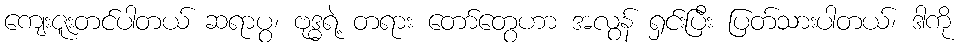
ကျေးဇူးတင်ပါတယ် ဆရာပွ၊ ဗုဒ္ဓရဲ့ တရား တော်တွေဟာ အလွန် ရှင်းပြီး ပြတ်သားပါတယ်၊ ဒါကို